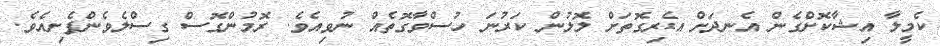
ކެމީލާ އިޝާކޮށްގެން އެނދަށް އެރިގޮތަށް ލޮލުން ކަރުނަ ހުސްވާގޮތެއް ނުވިއެވެ. ރޮމުންގޮސް ގިސްލެވެންފެށިއެވެ.